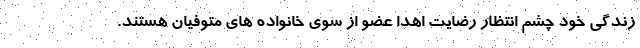
زندگی خود چشم انتظار رضایت اهدا عضو از سوی خانواده های متوفیان هستند.